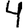
Digit: 4